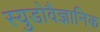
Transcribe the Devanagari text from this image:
स्युडोवैज्ञानिक